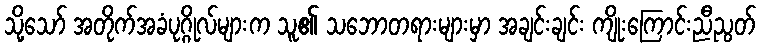
သို့သော် အတိုက်အခံပုဂ္ဂိုလ်များက သူ၏ သဘောတရားများမှာ အချင်းချင်း ကျိုးကြောင်းညီညွတ်